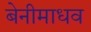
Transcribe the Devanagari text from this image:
बेनीमाधव